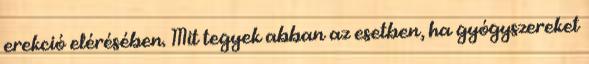
erekció elérésében. Mit tegyek abban az esetben, ha gyógyszereket